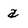
Character: a